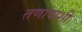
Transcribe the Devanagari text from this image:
तणावाशी